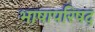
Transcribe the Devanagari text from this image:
भाषापरिषद